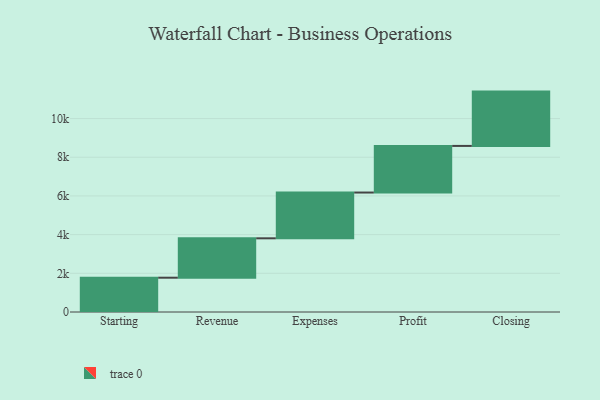
{"axis": {"x": "Step", "y": "Value"}, "legend": [""], "data": [{"x": "Starting", "y": 1773.0, "type": ""}, {"x": "Revenue", "y": 2036.0, "type": ""}, {"x": "Expenses", "y": 2366.0, "type": ""}, {"x": "Profit", "y": 2410.0, "type": ""}, {"x": "Closing", "y": 2808.0, "type": ""}]}